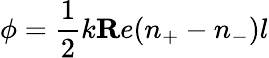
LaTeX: \phi=\frac{1}{2}k{\mathbf Re}(n_{+}-n_{-})l